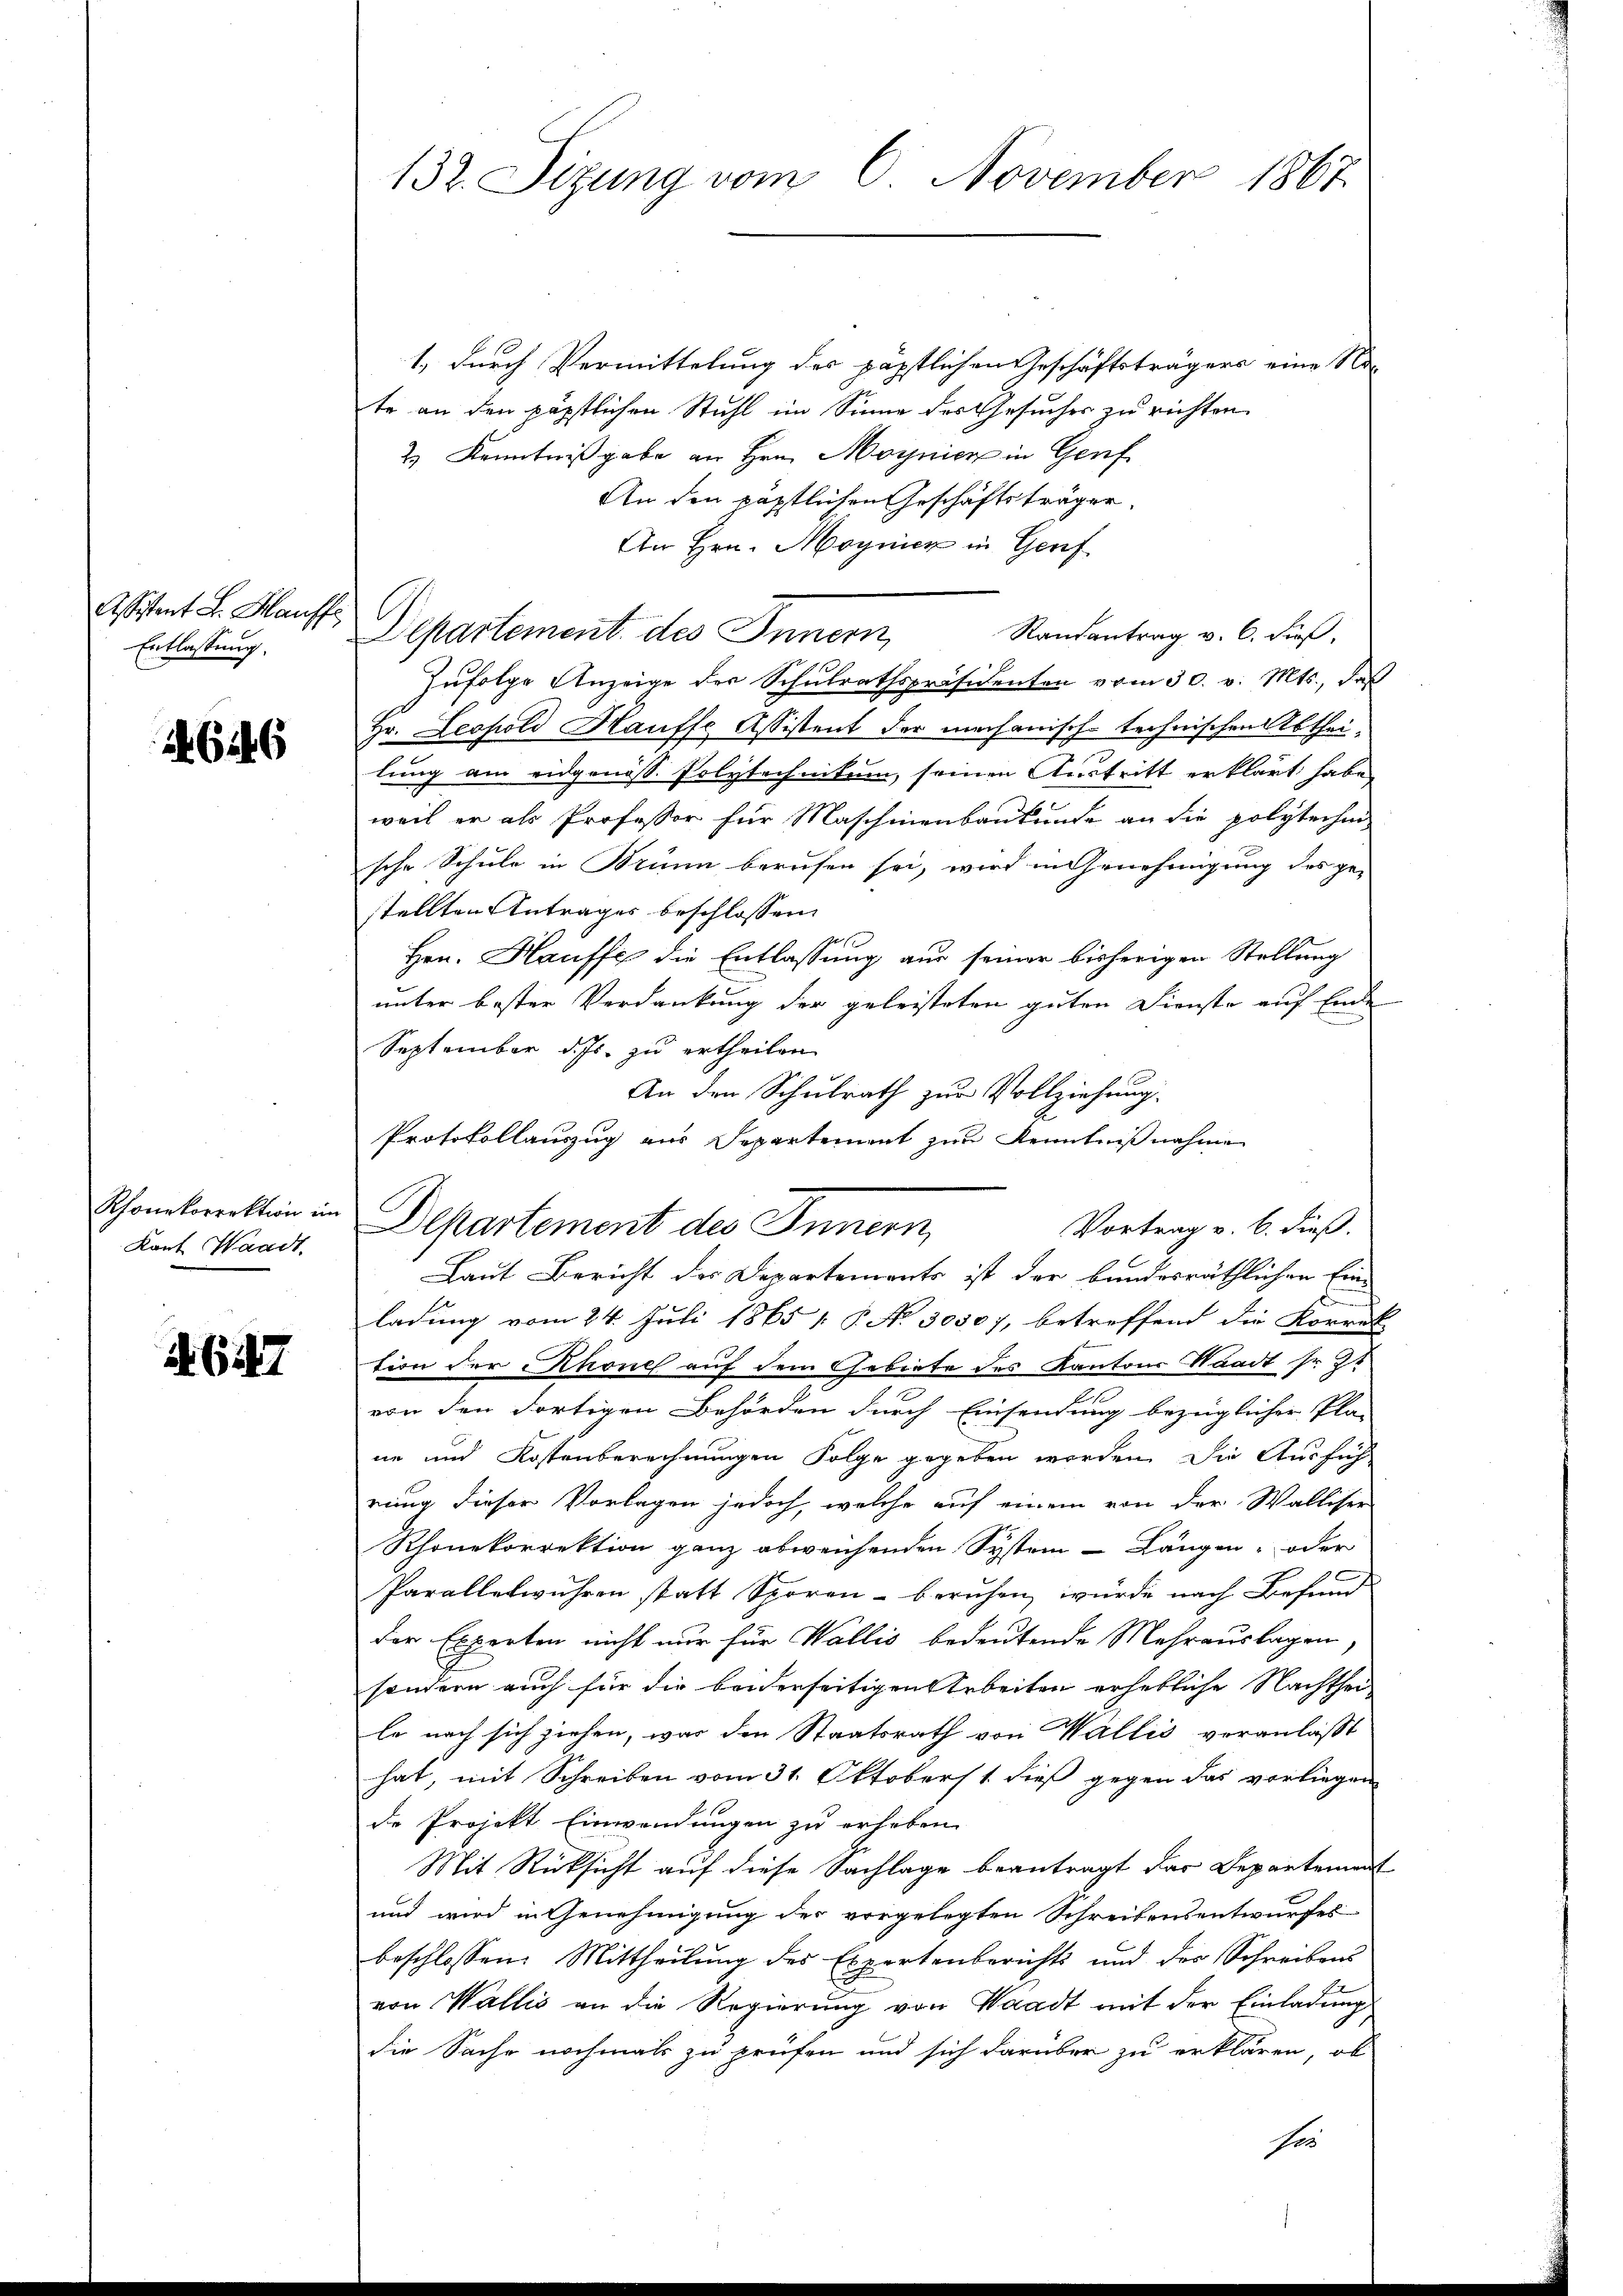
Assistent L. Kauff
Entlassung.

646

Rhonekorrektion im
Kant Waadt.

647

132. Sizung vom 6. November 1867.

1

1, durch Vermittelung des päpstlichen Geschäftsträgers eine Na-
te an den päpstlichen Stuhl im Sinne des Gesuches zu richten
2.) Kenntnißgabe an Hrn. Moynien in Genf
An den päpstlichen Geschäftsträger.
An Hrn. Magnier in Genf
Rautantrag v. 6. dieß,
Departement des Innern,
Zufolge Anzeige der Schulrathspräsidenten vom 30. v. Mts., daß
Hr. Leopold Hauffe Assistent der mechanisch-technischen Abtheilung am eidgenöss. Polytechnikum, seinen Austritt erklärt habe,
weil er als Professor für Maschinenbaukunde an die polytechen
sche Schule in Brünn berufen sei, wird in Genehmigung des ge-
stellten Antrages beschlossen:
Hrn. Hauffe die Entlassung aus seiner bisherigen Stellung
unter bester Verdankung der geleisteten guten Dienste auf Ende
September d. Js. zu ertheilen
An den Schulrath zur Vollziehung.
Protokollauszug aus Separtement zur Kenntnißnahme
Departement des Innern,
Laut Bericht des Departements ist der bundesräthlichen Ein-
ladung vom 24. Juli 1865 1 P. N. 30307, betreffend die Korrek
tion der Rhone auf dem Gebiete des Kantons Waadt Nr. 32
e
von den dortigen Behörden durch Einsendung bezüglicher Plan
ne und Kostenberechnungen Folge gegeben worden. Die Aussich
rung dieser Vorlagen jedoch, welche auf einem von der Walliser
Rhonekorrektion ganz abweichenden System Längen- oder
Parallelwuhren statt Spören - beruhen, wurde nach Befund
der Experten nicht nur für Wallis bedeutende Mehrauslagen,
sondern auch für die beidenseitigen Arbeiten erhebliche Nachtheile nach sich ziehen, war den Staatsrath von Wallis veranlaßt
hat, mit Schreiben vom 31. Oktobers 1. dieß gegen das vorliegen
de Projekt Einwendungen zu erheben.
Mit Rücksicht auf diese Sachlage beantragt der Departement
und wird in Genehmigung des vorgelegten Schreibensentwurfes
beschlossen: Mittheilung des Expertenberichts und der Schreibens
von Wallis an die Regierung von Waadt mit der Einladung
die Sache nochmals zu prüfen und sich darüber zu erklären, ob
ser

Vortrag v. 6. dieß.